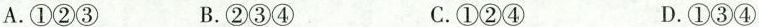
A.①②③ B.②③④ C.①②④ D.①③④